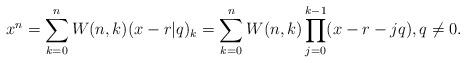
LaTeX: \begin{align*}x^n=\sum_{k=0}^{n}W(n,k)(x-r|q)_k=\sum_{k=0}^{n}W(n,k)\prod_{j=0}^{k-1}(x-r-jq), q \neq 0.\end{align*}